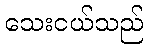
သေးငယ်သည်